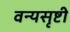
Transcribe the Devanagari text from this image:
वन्यसृष्टी